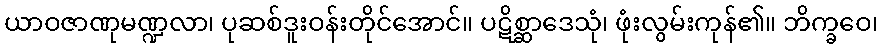
ယာဝဇာဏုမဏ္ဍလာ၊ ပုဆစ်ဒူးဝန်းတိုင်အောင်။ ပဋိစ္ဆာဒေသုံ၊ ဖုံးလွမ်းကုန်၏။ ဘိက္ခဝေ၊